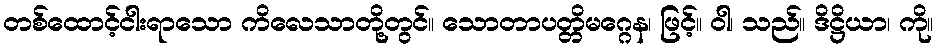
တစ်ထောင့်ငါးရာသော ကိလေသာတို့တွင်။ သောတာပတ္တိမဂ္ဂေန၊ ဖြင့်။ ဝါ၊ သည်။ ဒိဋ္ဌိယာ၊ ကို။